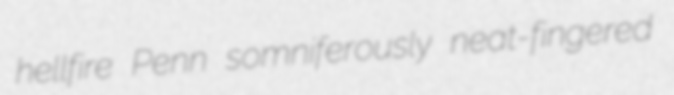
hellfire Penn somniferously neat-fingered